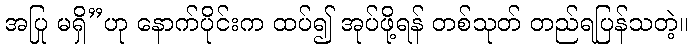
အပြု မရှိ”ဟု နောက်ပိုင်းက ထပ်၍ အုပ်ဖို့ရန် တစ်သုတ် တည်ရပြန်သတဲ့။